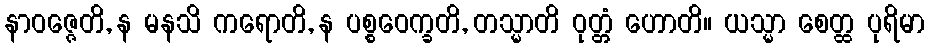
နာဝဇ္ဇေတိ, န မနသိ ကရောတိ, န ပစ္စဝေက္ခတိ, တသ္မာတိ ဝုတ္တံ ဟောတိ။ ယသ္မာ စေတ္ထ ပုရိမာ